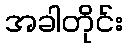
အခါတိုင်း